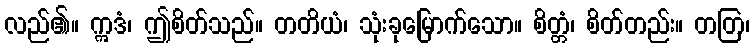
လည်၏။ ဣဒံ၊ ဤစိတ်သည်။ တတိယံ၊ သုံးခုမြောက်သော။ စိတ္တံ၊ စိတ်တည်း။ တတြ၊